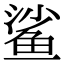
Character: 鲨